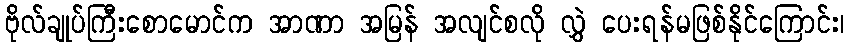
ဗိုလ်ချုပ်ကြီးစောမောင်က အာဏာ အမြန် အလျင်စလို လွှဲ ပေးရန်မဖြစ်နိုင်ကြောင်း၊